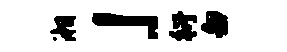
湘」衍白